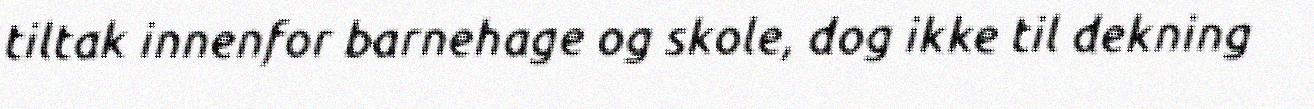
tiltak innenfor barnehage og skole, dog ikke til dekning